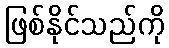
ဖြစ်နိုင်သည်ကို